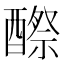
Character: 𨢵